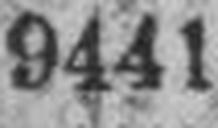
9441